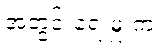
အတွင်းရေးမှူးက